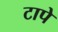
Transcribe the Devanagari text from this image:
टापे